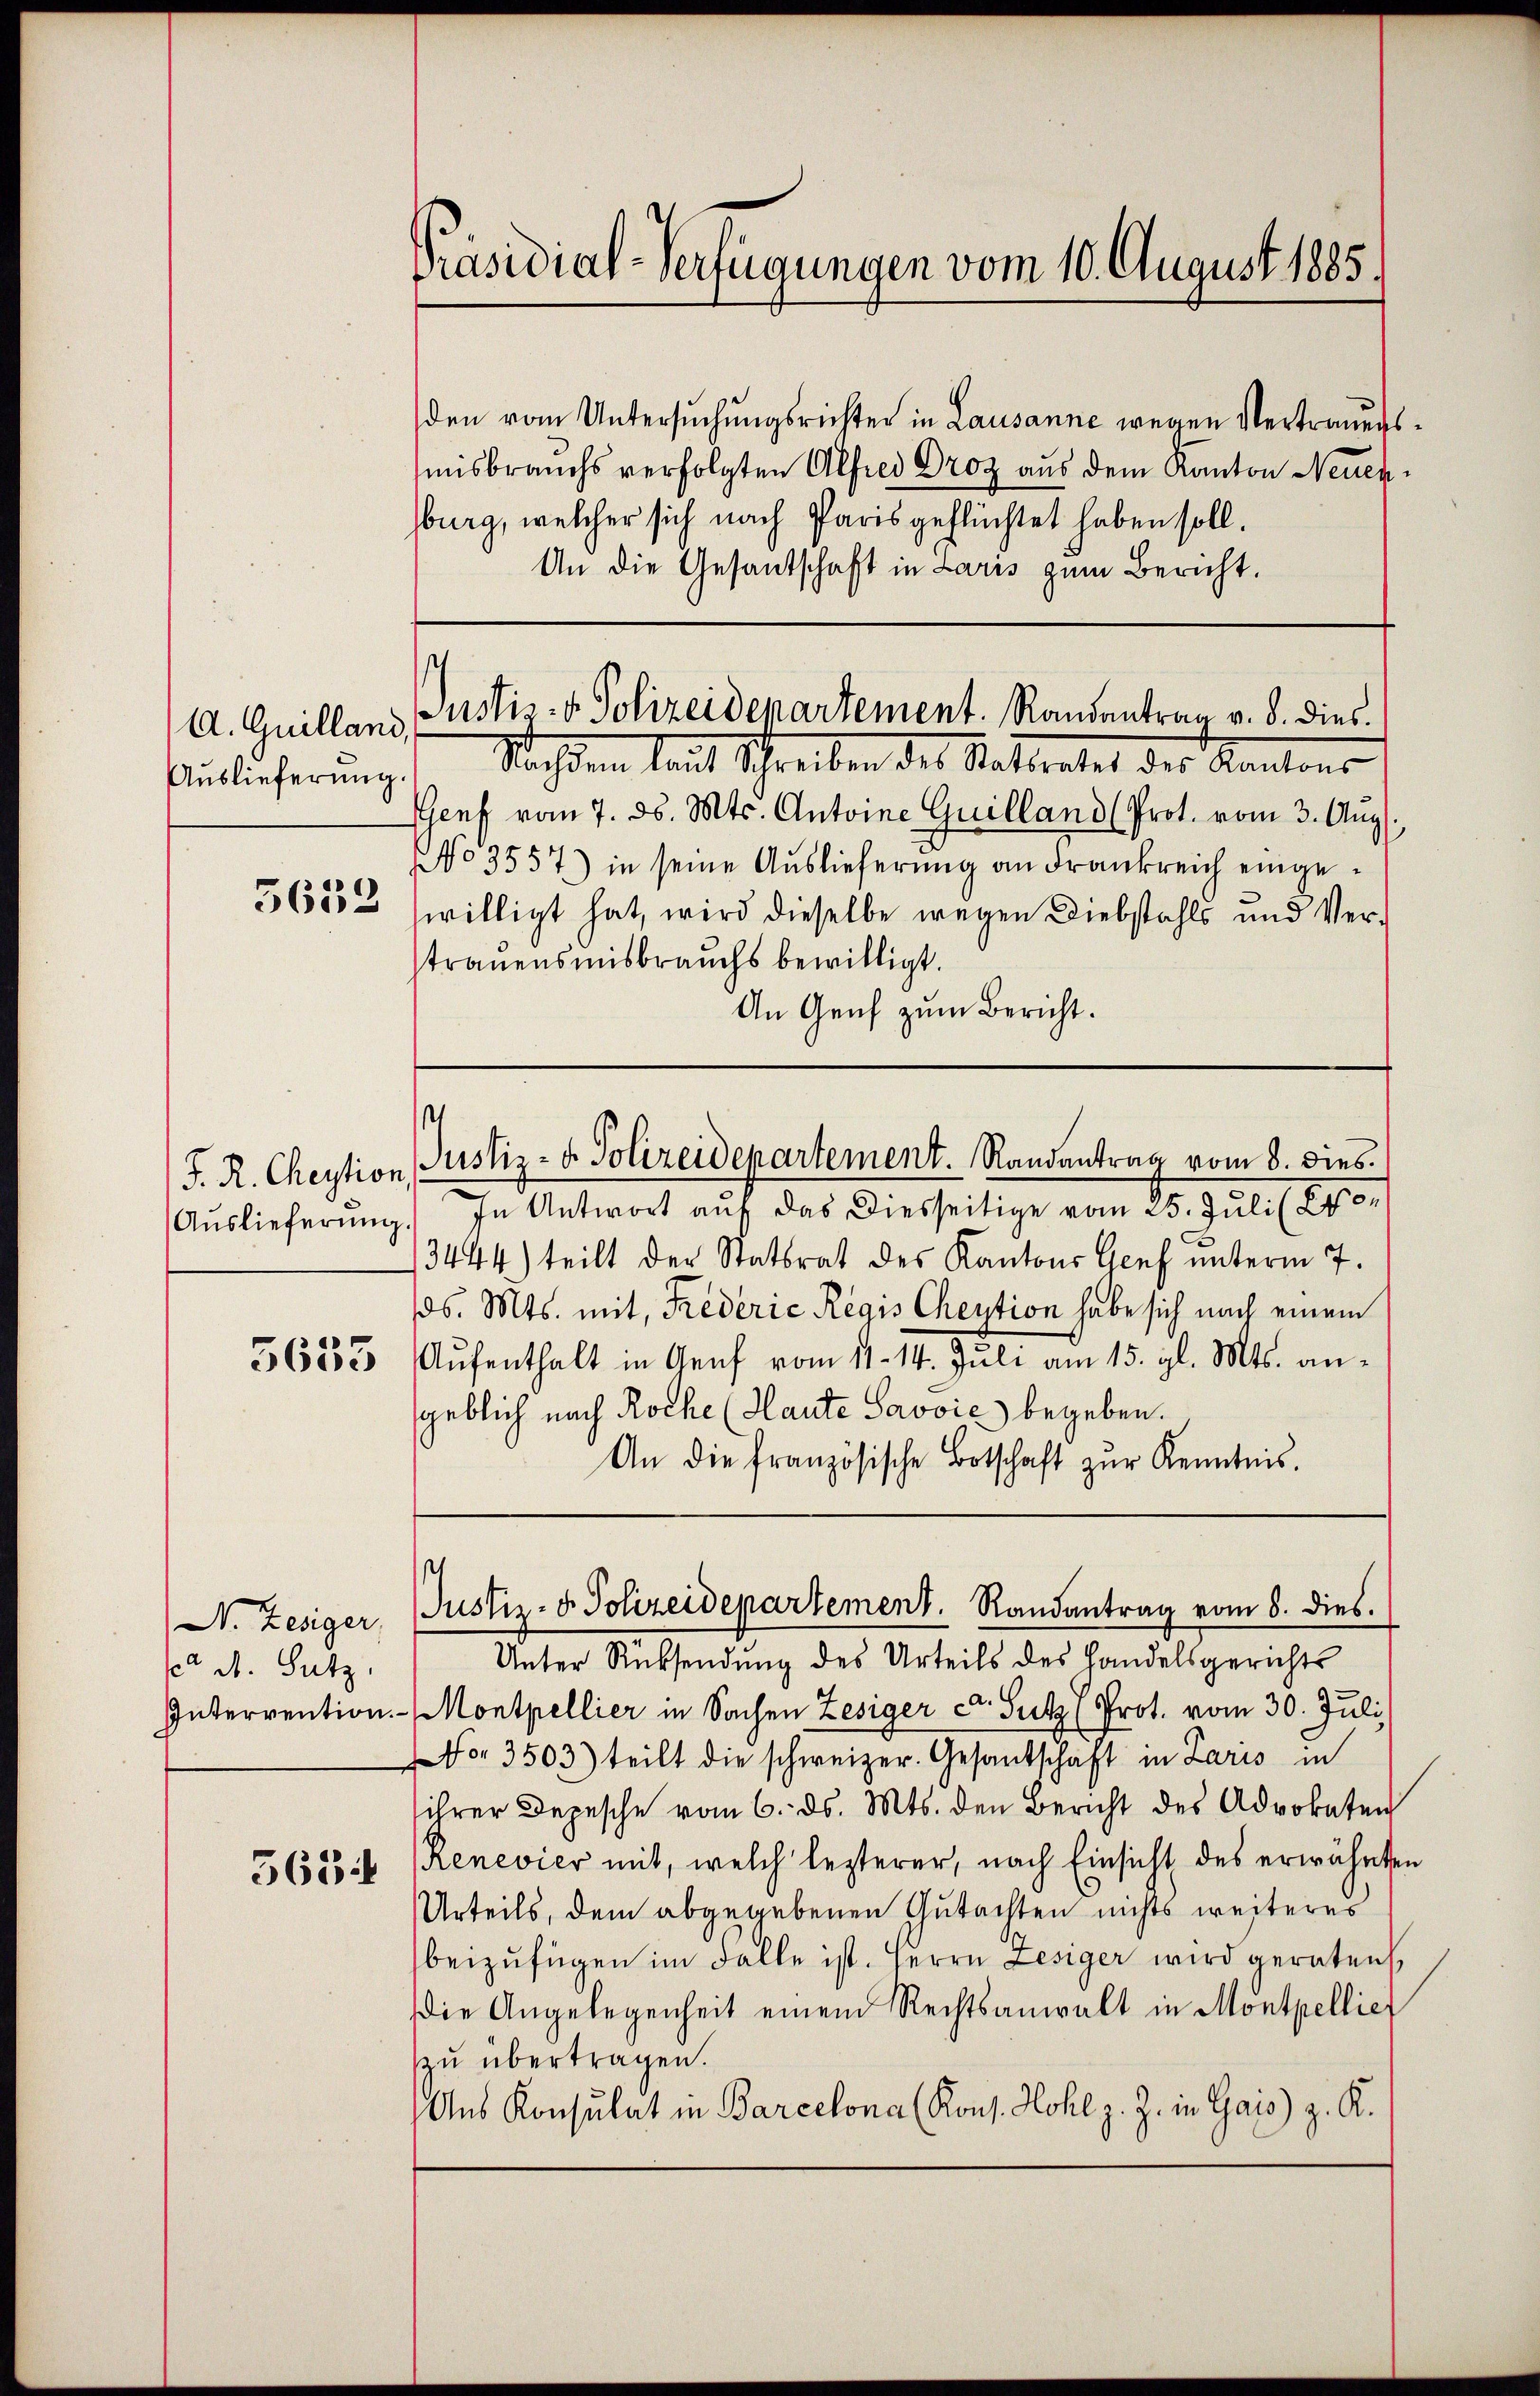
A. Guilland,
Auslieferung.
3653

J. R. Cheytion

5653

W. Zesiger,
e d. Satz.
Interrention.

563

Präsidial-Verfügungen vom 10. August 1885.

Justiz- & Polizeidepartement. Randantrag v. 8. dies

den vom Untersuchungsrichter in Lausanne wegen Vertrauungsmisbrauchs verfolgten Alfred Droz aus dem Kanton Neuen,
sburg, welcher sich nach Paris geflüchtet haben soll.
An die Gesandtschaft in Laris zum Bericht.
Sachen laut Schreiben des Rattretet des Kantons
Genf vom 7. d. Mts. Antoine Guilland (Prot. vom 3. Aŭg.
No 3557) in seine Auslieferung an drankreich eingewilligt hat, wird dieselbe wegen Diebstahls und Verstrauensmisbrauchs bewilligt.
An Genf zum Bericht.
Auslieferŭng in Antwort auf das diesseitige vom 25. Juli l. 240.
3444) teilt der Stattrat des Kantons Genf unterm 7.
ds. Mts. mit, Frederie Regis Cheytion habe sich nach einem
Aŭfenthalt in Genf vom 11. 14. Juli am 15. gl. Mts. ansgeblich nach Roche (Haute Savoić) begeben.
An die französische Botschaft zŭr Kenntnis.
¬
Justiz- & Polizeidepartement. Randantrag vom 8. dies
Unter Rücksendung des Urteils des Handelsgerichts
Montpellier in Sachen Zesiger der Sutz (Prot. vom 30. Juli
For 3503) teilt die schweizer. Gesandschaft in Laris in
ihrer Depesche vom 6. ds. Mts. den Bericht des Advokaten
Renevier mit, welch lezterer, nach Einsicht des erwähnten
Urteils, dem abgegebenen Gutachten nichts weiteres
beizufügen im Falle ist. Herrn Lesiger wird geraten
die Angelegenheit einem Rechtsanwalt in Montpellier
zzu übertragen.
Aus Konsulat in Barcelona (Kons. Hohl z. Z. in Gais) z. R.

1
Justiz- u. Polizeidepartement. Randantrag vom 8. dies